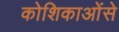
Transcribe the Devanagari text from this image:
कोशिकाओंसे